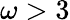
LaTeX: \omega>3